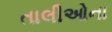
તાલીઓના